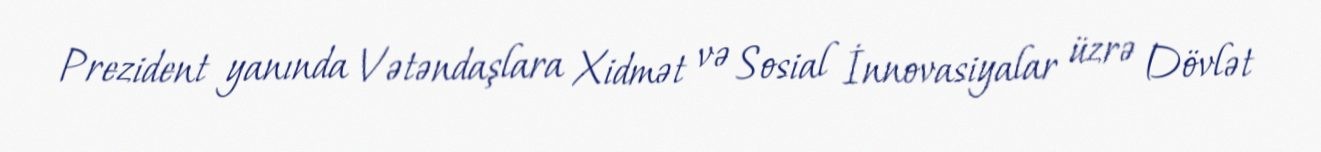
Prezident yanında Vətəndaşlara Xidmət və Sosial İnnovasiyalar üzrə Dövlət